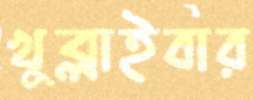
খুব্‌লাইবার